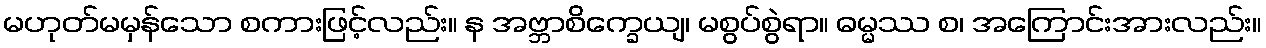
မဟုတ်မမှန်သော စကားဖြင့်လည်း။ န အဗ္ဘာစိက္ခေယျ၊ မစွပ်စွဲရာ။ ဓမ္မဿ စ၊ အကြောင်းအားလည်း။